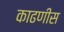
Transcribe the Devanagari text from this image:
काढणीस